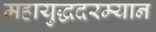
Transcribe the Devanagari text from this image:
महायुद्धदरम्यान